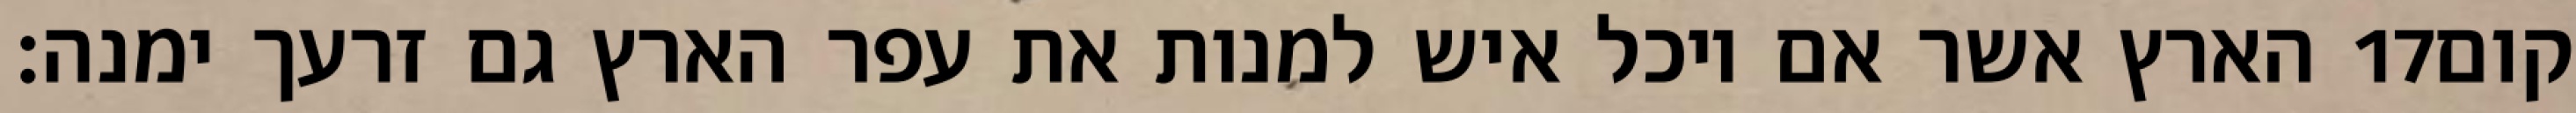
הארץ אשר אם יוכל איש למנות את עפר הארץ גם זרעך ימנה׃ ‎17‏ קום